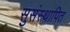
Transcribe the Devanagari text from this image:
सुसंस्थापित